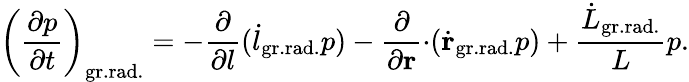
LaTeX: \left(\frac{\partial p}{\partial t}\right)_{\mathrm{gr.rad.}}=-{\frac{\partial}{\partial l}}({\dot{l}}_{\mathrm{gr.rad.}}p)-{\frac{\partial}{\partial{\mathbf r}}}{\cdot}(\dot{\mathbf r}_{\mathrm{gr.rad.}}p)+{\frac{\dot{L}_{\mathrm{gr.rad.}}}{L}}p.